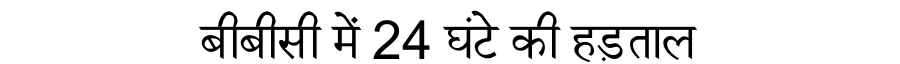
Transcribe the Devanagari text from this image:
बीबीसी में 24 घंटे की हड़ताल